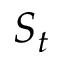
S _ { t }